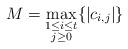
LaTeX: \begin{align*}M = \max_{\substack{1 \leq i \leq t \\ j \geq 0}}\{|c_{i, j}|\}\end{align*}